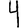
Digit: 4